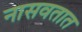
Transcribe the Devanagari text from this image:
नासवतात